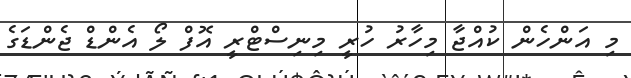
މި އަންހެން ކުއްޖާ މިހާރު ހުރީ މިނިސްޓްރީ އޮފް ލޯ އެންޑް ޖެންޑަގެ